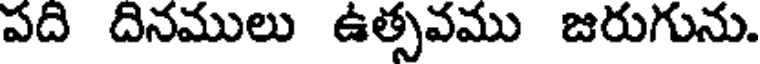
పది దినములు ఉత్సవము జరుగును.